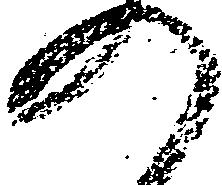
の